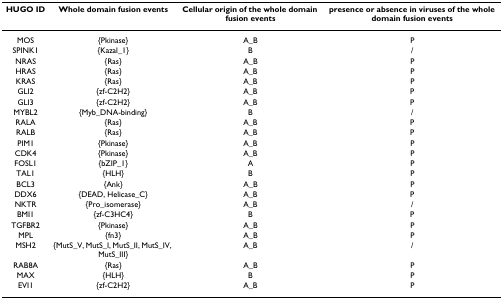
| HUGO ID | Whole domain fusion events | Cellular origin of the whole domain fusion events | presence or absence in viruses of the whole domain fusion events |
 | --- | --- | --- | --- |
 | MOS | {Pkinase} | A_B | P |
 | SPINK1 | {Kazal_1} | B | / |
 | NRAS | {Ras} | A_B | P |
 | HRAS | {Ras} | A_B | P |
 | KRAS | {Ras} | A_B | P |
 | GLI2 | {zf-C2H2} | A_B | P |
 | GLI3 | {zf-C2H2} | A_B | P |
 | MYBL2 | {Myb_DNA-binding} | B | / |
 | RALA | {Ras} | A_B | P |
 | RALB | {Ras} | A_B | P |
 | PIM1 | {Pkinase} | A_B | P |
 | CDK4 | {Pkinase} | A_B | P |
 | FOSL1 | {bZIP_1} | A | P |
 | TAL1 | {HLH} | B | P |
 | BCL3 | {Ank} | A_B | P |
 | DDX6 | {DEAD, Helicase_C} | A_B | P |
 | NKTR | {Pro_isomerase} | A_B | / |
 | BMI1 | {zf-C3HC4} | B | P |
 | TGFBR2 | {Pkinase} | A_B | P |
 | MPL | {fn3} | A_B | P |
 | MSH2 | {MutS_V, MutS_I, MutS_II, MutS_IV, MutS_III} | A_B | / |
 | RAB8A | {Ras} | A_B | P |
 | MAX | {HLH} | B | P |
 | EVI1 | {zf-C2H2} | A_B | P |